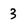
Character: 3